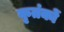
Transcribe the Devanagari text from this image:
कृतंकों